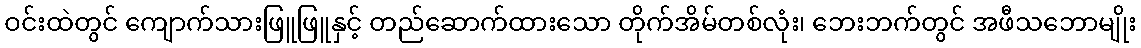
ဝင်းထဲတွင် ကျောက်သားဖြူဖြူနှင့် တည်ဆောက်ထားသော တိုက်အိမ်တစ်လုံး၊ ဘေးဘက်တွင် အဖီသဘောမျိုး